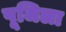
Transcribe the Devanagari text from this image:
पूजिला